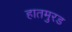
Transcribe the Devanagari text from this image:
हातमुरड